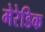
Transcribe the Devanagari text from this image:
मेरेडिक